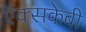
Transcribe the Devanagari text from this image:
ऍक्सकेबी